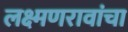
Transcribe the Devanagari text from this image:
लक्ष्मणरावांचा